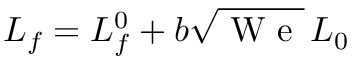
L _ { f } = L _ { f } ^ { 0 } + b \sqrt { \mathrm { ~ W ~ e ~ } } \, L _ { 0 }